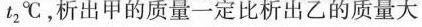
t_{2}℃，析出甲的质量一定比析出乙的质量大